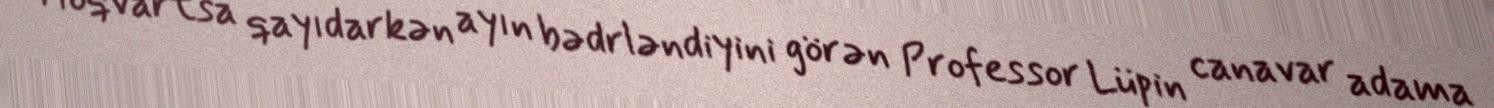
Hoqvartsa qayıdarkən ayın bədrləndiyini görən Professor Lüpin canavar adama